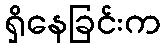
ရှိနေခြင်းက